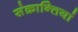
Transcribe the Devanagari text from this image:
संक्रान्तियां